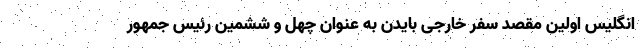
انگلیس اولین مقصد سفر خارجی بایدن به عنوان چهل و ششمین رئیس جمهور